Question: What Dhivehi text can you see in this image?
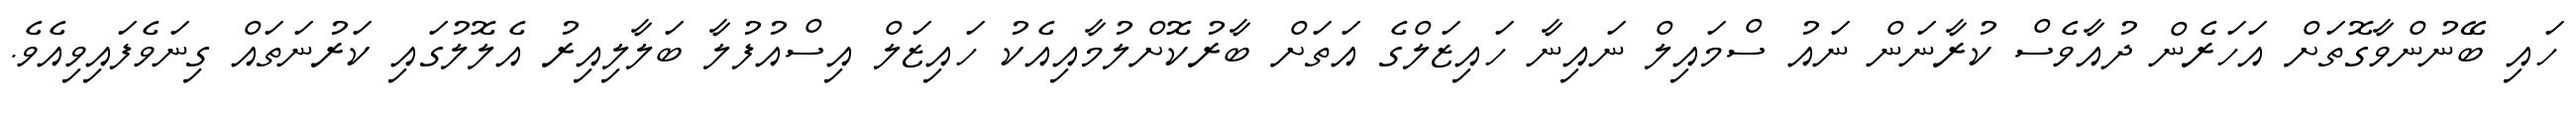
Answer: ހައި ބޭނުންވާގޮތަށް އަހަރެން ދުއާވެސް ކުރާނަން ނައު ސްމައިލް ނައިނާ ހައިޒަލްގެ އަތަށް ބާރުކޮށްލުމާއިއެކު ހައިޒަލް އިސްއުފުލާ ބަލާލިއިރު އެލޮލުގައި ކަރުނަތައް ގިނަވެފައިވިއެވެ.